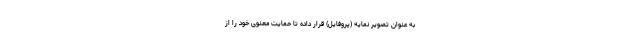
به عنوان تصویر نمایه (پروفایل) قرار داده تا حمایت معنوی خود را از